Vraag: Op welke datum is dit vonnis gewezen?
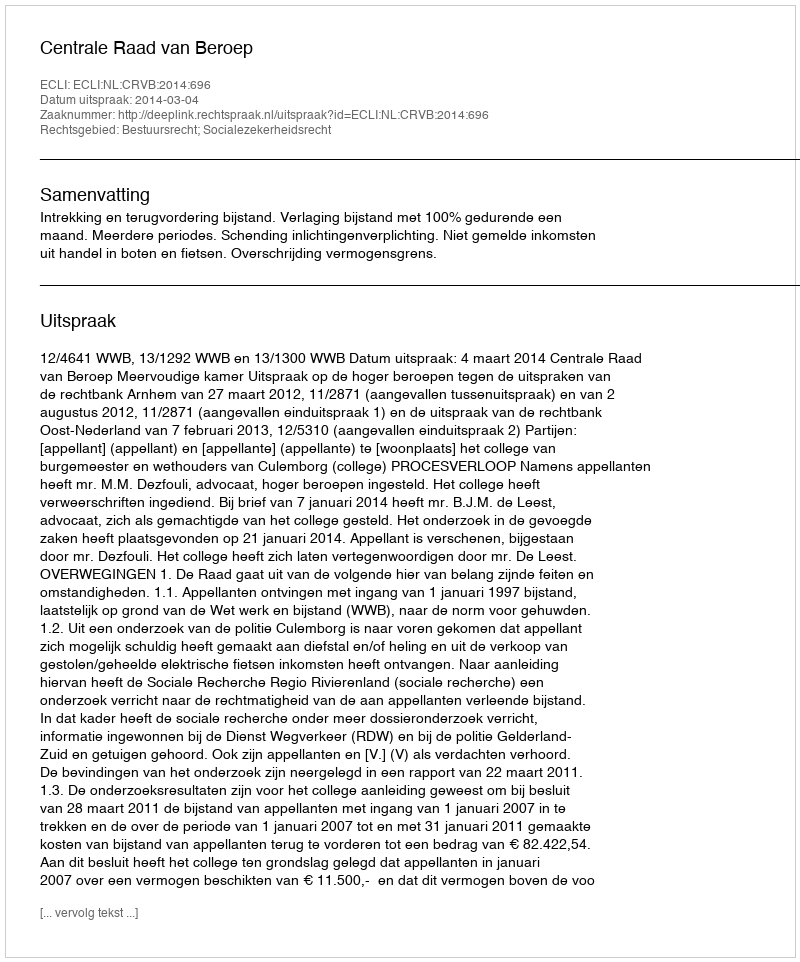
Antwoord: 2014-03-04